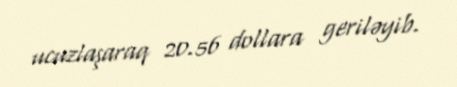
ucuzlaşaraq 20.56 dollara geriləyib.